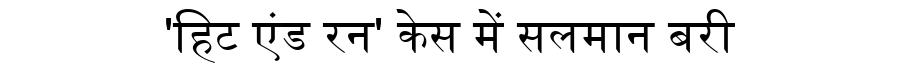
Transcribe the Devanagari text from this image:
'हिट एंड रन' केस में सलमान बरी